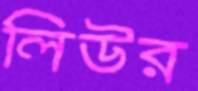
লিউর